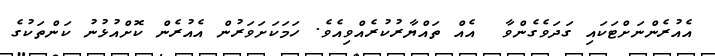
އެއުރެންނަށްޓަކައި ގަދަވެގެންވާ  އެއް ތައްޔާރުކުރެއްވިއެވެ. ހަމަކަށަވަރުން އެއުރެން ކޮށްއުޅުނު ކަންތަކުގެ